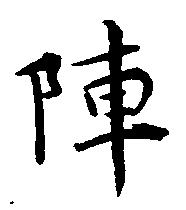
陣